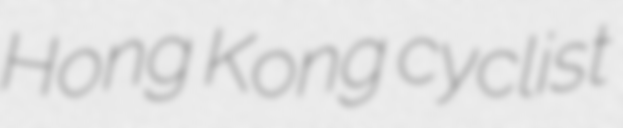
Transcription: Hong Kong cyclist